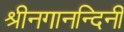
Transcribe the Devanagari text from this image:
श्रीनगानन्दिनी